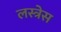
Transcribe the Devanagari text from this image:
लस्त्रेस